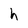
Character: h